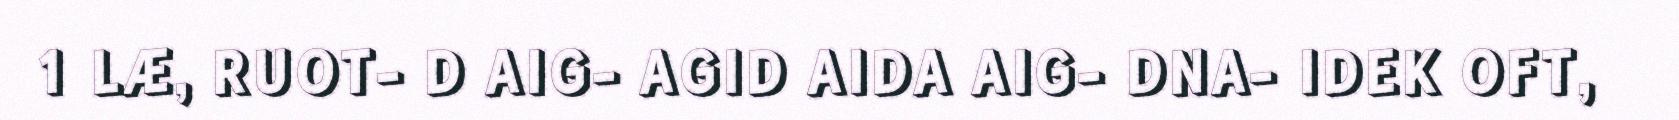
1 LÆ, RUOT- D AIG- AGID AIDA AIG- DNA- IDEK OFT,